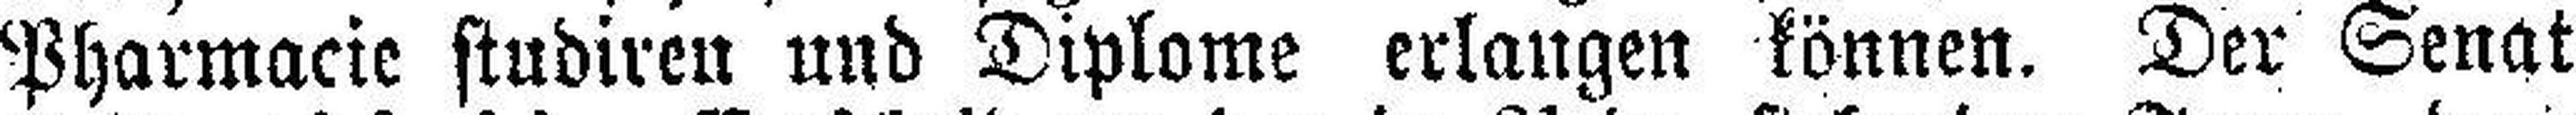
Pharmacie studiren und Diplome erlangen können. Der Senat